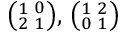
{ \bigl ( } { } _ { 2 } ^ { 1 } \, _ { 1 } ^ { 0 } { \bigr ) } , \, { \bigl ( } { } _ { 0 } ^ { 1 } \, _ { 1 } ^ { 2 } { \bigr ) }